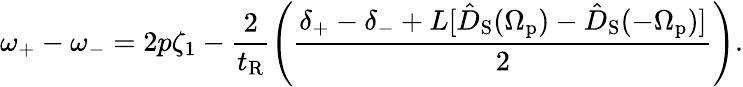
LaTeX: \omega_{+}-\omega_{-}=2p\zeta_{1}-\frac{2}{t_{\mathrm{R}}}\left(\frac{\delta_{+}-\delta_{-}+L[\hat{D}_{\mathrm{S}}(\Omega_{\mathrm{p}})-\hat{D}_{\mathrm{S}}(-\Omega_{\mathrm{p}})]}{2}\right).